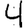
Digit: 4